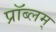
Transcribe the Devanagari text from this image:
प्रॉब्लम्